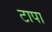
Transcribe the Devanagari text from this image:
टापा